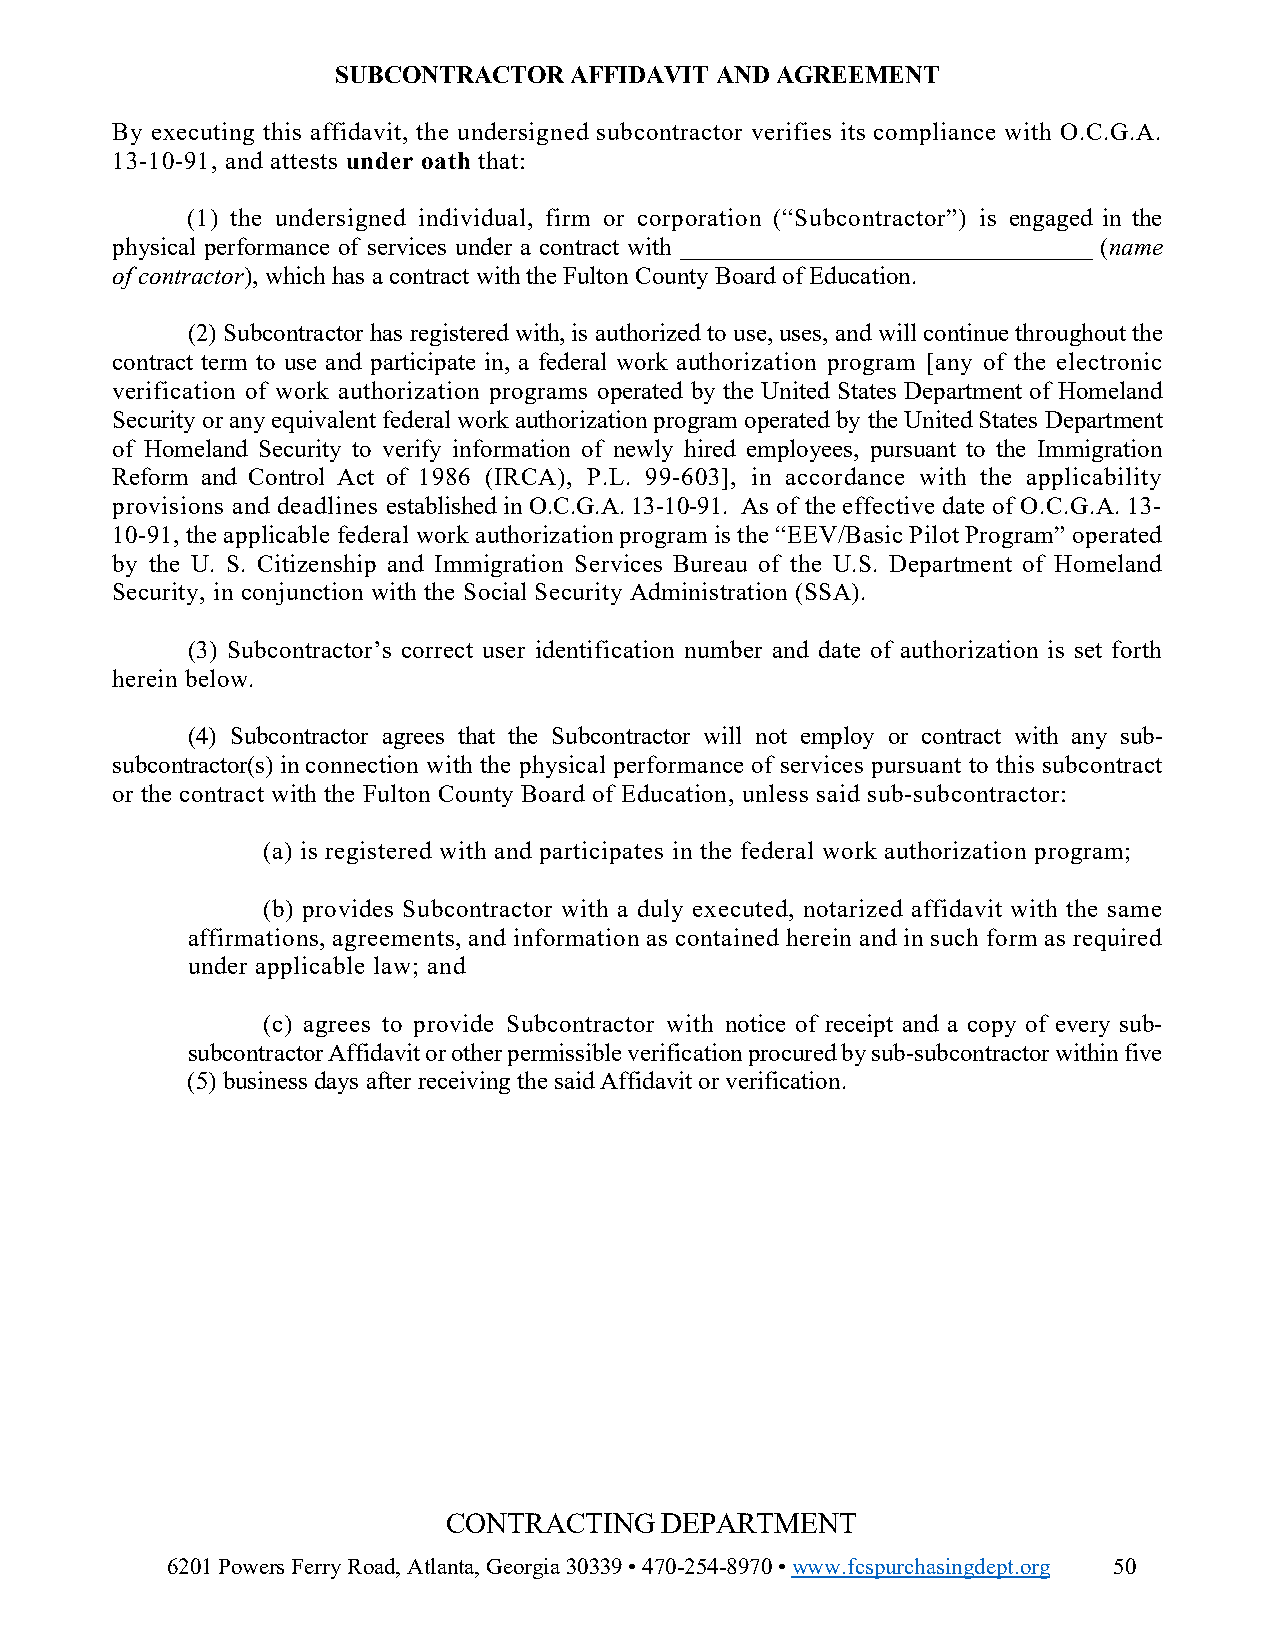
SUBCONTRACTOR   AFFIDAVIT AND AGREEMENT
 By executing this affidavit, the undersigned subcontractor verifies its compliance with O.C.G.A.
 13-10-91, and attests under oath that:
 (1) the undersigned individual, firm or corporation (“Subcontractor”) is engaged in the
 physical performance of services under a contract with _________________________________ (name
 of contractor), which has a contract with the Fulton County Board of Education.
 (2) Subcontractor has registered with, is authorized to use, uses, and will continue throughout the
 contract term to use and participate in, a federal work authorization program [any of the electronic
 verification of work authorization programs operated by the United States Department of Homeland
 Security or any equivalent federal work authorization program operated by the United States Department
 of Homeland Security to verify information of newly hired employees, pursuant to the Immigration
 Reform and Control Act of 1986 (IRCA), P.L. 99-603], in accordance with the applicability
 provisions and deadlines established in O.C.G.A. 13-10-91. As of the effective date of O.C.G.A. 13-
 10-91, the applicable federal work authorization program is the “EEV/Basic Pilot Program” operated
 by the U. S. Citizenship and Immigration Services Bureau of the U.S. Department of Homeland
 Security, in conjunction with the Social Security Administration (SSA).
 (3) Subcontractor’s correct user identification number and date of authorization is set forth
 herein below.
 (4) Subcontractor agrees that the Subcontractor will not employ or contract with any sub-
 subcontractor(s) in connection with the physical performance of services pursuant to this subcontract
 or the contract with the Fulton County Board of Education, unless said sub-subcontractor:
 (a) is registered with and participates in the federal work authorization program;
 (b) provides Subcontractor with a duly executed, notarized affidavit with the same
 affirmations, agreements, and information as contained herein and in such form as required
 under applicable law; and
 (c) agrees to provide Subcontractor with notice of receipt and a copy of every sub-
 subcontractor Affidavit or other permissible verification procured by sub-subcontractor within five
 (5) business days after receiving the said Affidavit or verification.
 CONTRACTING   DEPARTMENT
 6201 Powers Ferry Road, Atlanta, Georgia 30339 • 470-254-8970 • www.fcspurchasingdept.org 50